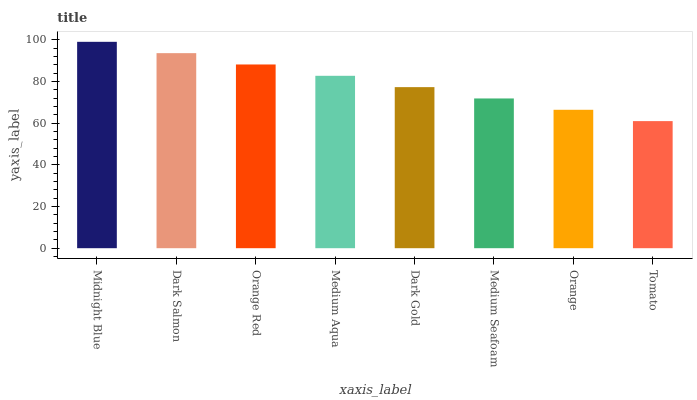
| xaxis_label | bars |
 | --- | --- |
 | Midnight Blue | 99 |
 | Dark Salmon | 93.6 |
 | Orange Red | 88.1 |
 | Medium Aqua | 82.7 |
 | Dark Gold | 77.3 |
 | Medium Seafoam | 71.8 |
 | Orange | 66.4 |
 | Tomato | 61 |